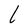
Character: L